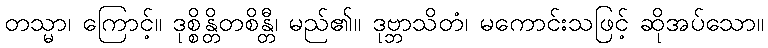
တသ္မာ၊ ကြောင့်။ ဒုစ္စိန္တိတစိန္တီ၊ မည်၏။ ဒုဗ္ဘာသိတံ၊ မကောင်းသဖြင့် ဆိုအပ်သော။